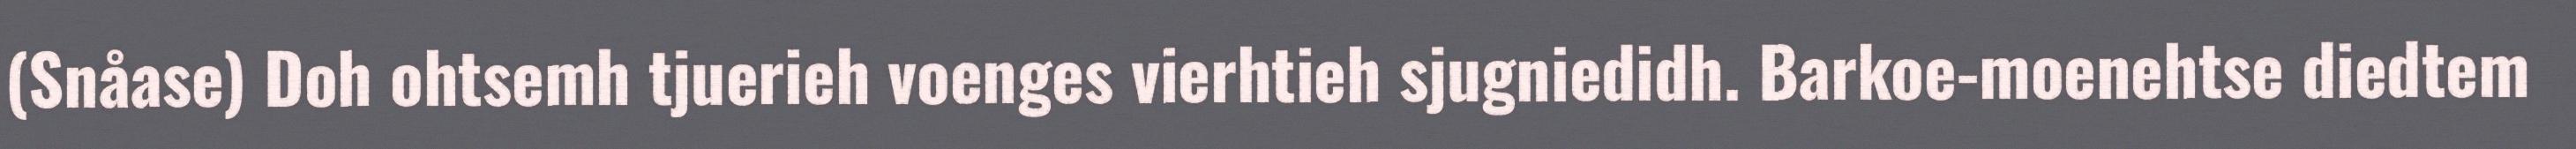
(Snåase) Doh ohtsemh tjuerieh voenges vierhtieh sjugniedidh. Barkoe-moenehtse diedtem